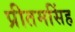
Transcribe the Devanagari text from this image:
प्रीतमसिंह